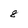
Character: 8